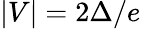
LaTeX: |V|=2\Delta/e